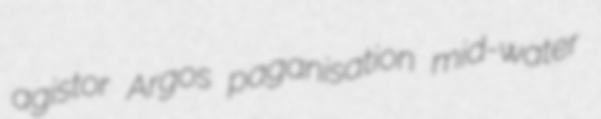
agistor Argos paganisation mid-water